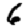
Digit: 6